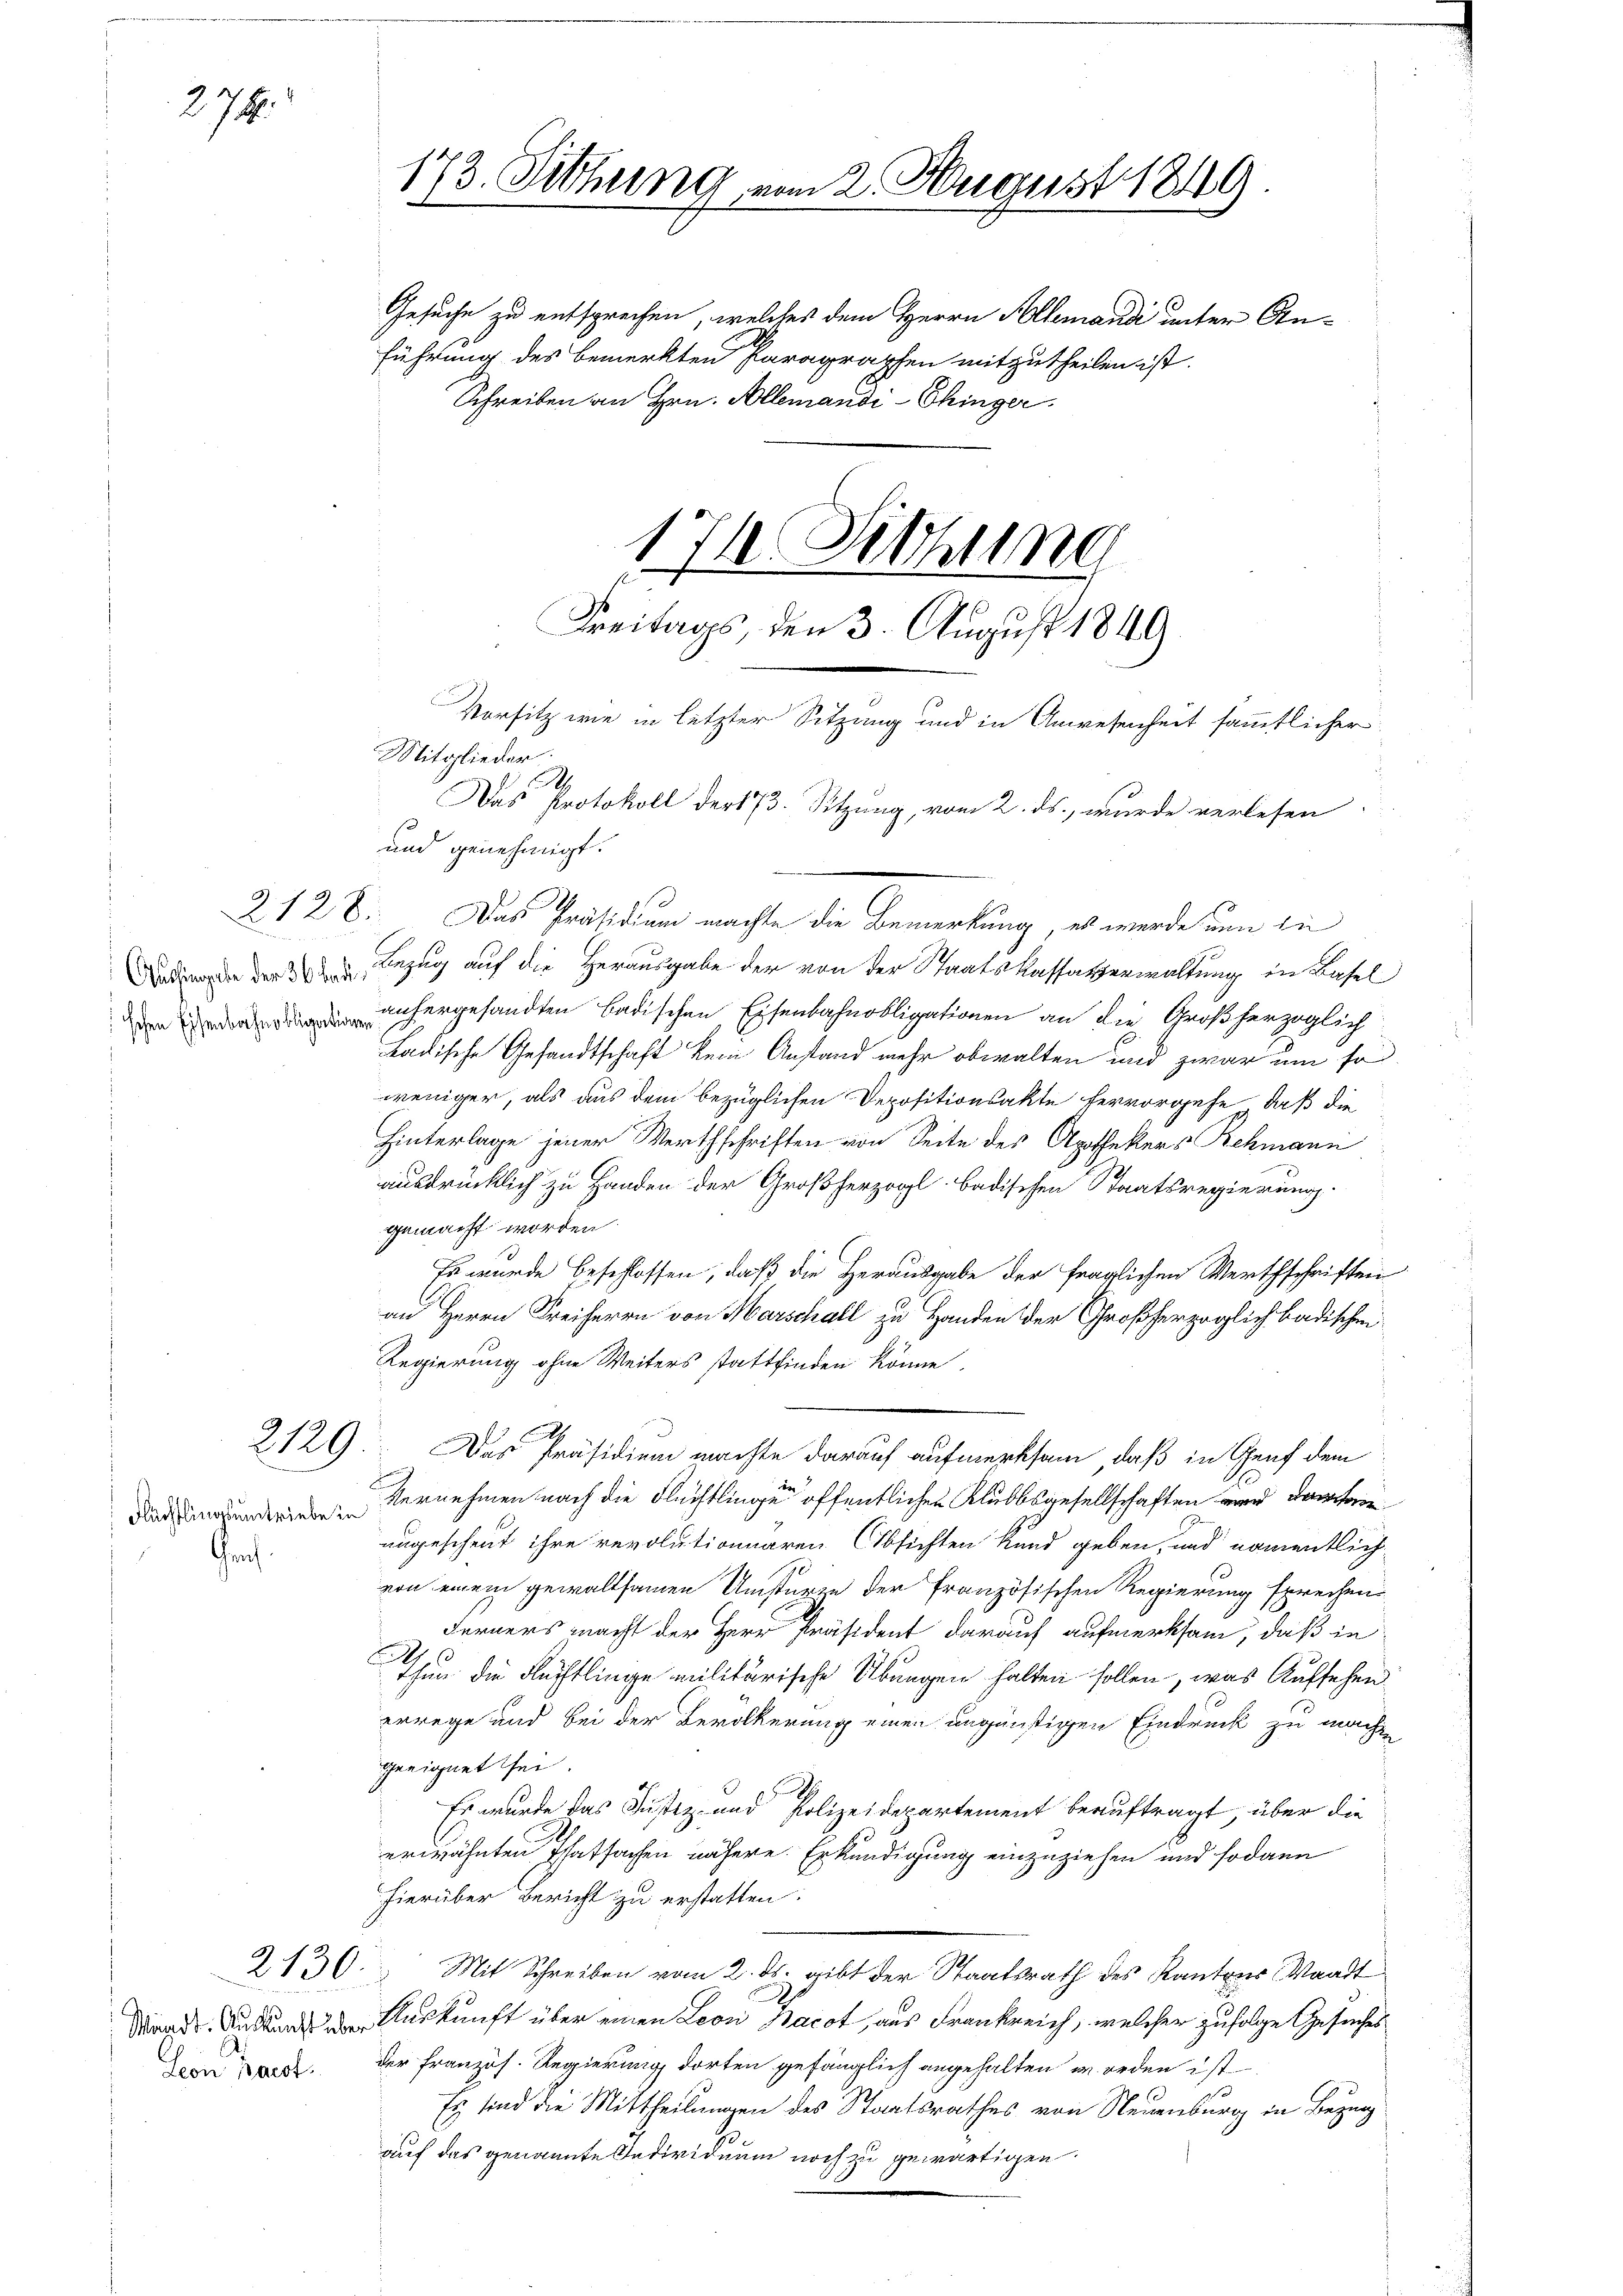
278.

2128.

¬
schen Eisenbahnobligationen

Flüchtlingsumstriebe
Gr

2130.

Seon paest

173. Siehung vom 2. August 1849.
Gesuche zu entsprechen, welches dem Herrn Allemandi unter Anführung des bemerkten Paragraphen mitzutheilen ist.
Schreiben an Hrn. Allemandi-Chinger.
171 Sitzung
Freitags, den 3. August 1849

Mitglieder.
M
und genehmigt.
Das Präsidium machte die Bemerkung, es werde nun in
d der der 2, Bezug auf die Herausgabe der von der Staatskassatzerwaltung in Basel
anhergesandten badischen Eisenbahnobligationen an die Großherzoglich
Ladische Gesandtschaft kein Anstand mehr obwalten und zwar um so
weniger, als aus dem bezüglichen Depositionsakte hervorgehe, daß die
Hinterlage jener Werthschriften von Seite des Apothekers Rehmann
ausdrücklich zu Handen der Großherzogl. badischen Staatsregierung.
gemacht worden
Es wurde beschlossen, daß die Herausgabe der fraglichen Werthschriften
an Herrn Freiherrn von Marschall zu Handen der Großherzoglich badischen
Regierung ohne Weiters stattfinden könne.
2129: Das Präsidium machte darauf aufmerksam, daß in Genf dem
Vernehmen nach die Flüchtlingen öffentlichen Klubbsgesellschaften und de
e
.
ungescheit ihre revolutionaren Absichten kund geben, und namentlich
von einem gewaltsamen Umsturze der französischen Regierung sprechen
Ferners macht der Herr Präsident darauf aufmerksam, daß in
Thun die Flüchtlinge militärische Übungen halten sollen, was Aufsehen
errege und bei der Bevölkerung einen ungünstigen Eindruck zu mache
geeignet sei.
Es wurde das Justiz- und Polizeidepartement beauftragt, über die
erwähnten Thatsachen nähere. Erkundigung einzuziehen und sodann
hierüber Bericht zu erstatten:
Mit Schreiben vom 2. ds. gibt der Staatsrath des Kantons Waadt
Mande Anstand die Auskunft über einen Leon Nacot, aus Frankreich, welcher zufolge Gesuches
der Französ. Regierung dorten gefänglich angehalten worden ist
Es sind die Mittheilungen des Staatsrathes von Neuenburg in Bezug
auf das genannte Individuum noch zu gewärtigen.

Vorsitz wie in letzter Sitzung und in Anwesenheit sämmtlicher
Das Protokoll der 173. Sitzung, vom 2. ds., wurde verlesen.